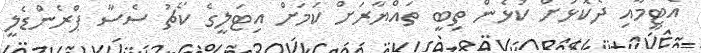
އެޓީމާއި ދެކޮޅަށް ކުޅެން ތިބީ ތައްޔާރަށް ކަމަށް އިޓަލީގެ ކޯޗު ސެސާ ޕްރެންޑެލީ